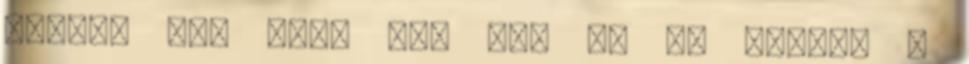
inkább ez, mint egy VW. És ki tudja. a